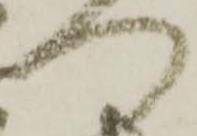
つ